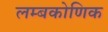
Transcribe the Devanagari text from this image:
लम्बकोणिक